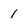
Character: 1